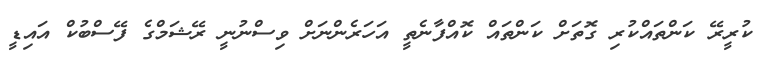
ކުރީރޭ ކަންތައްކުރި ގޮތަށް ކަންތައް ކޮއްފާނެތީ އަހަރެންނަށް ވިސްނުނީ ރޭޝަމްގެ ފޭސްބުކް އައިޑީ